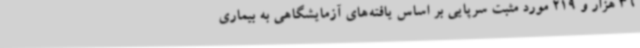
36 هزار و 219 مورد مثبت سرپایی بر اساس یافته‌های آزمایشگاهی به بیماری